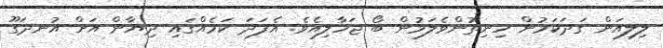
ލިލިއަން ގަދަކަމުން ހިނިތުންވެލަމުން ބޯ ޖަހާލިއެވެ. އެފަދަ ކަމެއްގައި ދިޔާން އަށް އުނދަގޫ